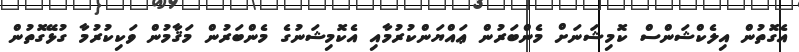
އެގޮތުން އިލެކްޝަންސް ކޮމިޝަނަށް މެންބަރުން ޢައްޔަންކުރުމާއި އެކޮމިޝަނުގެ މެންބަރުން މަޤާމުން ވަކިކުރުމާ ގުޅޭގޮތުން